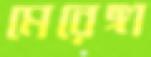
মেরেঙ্গা